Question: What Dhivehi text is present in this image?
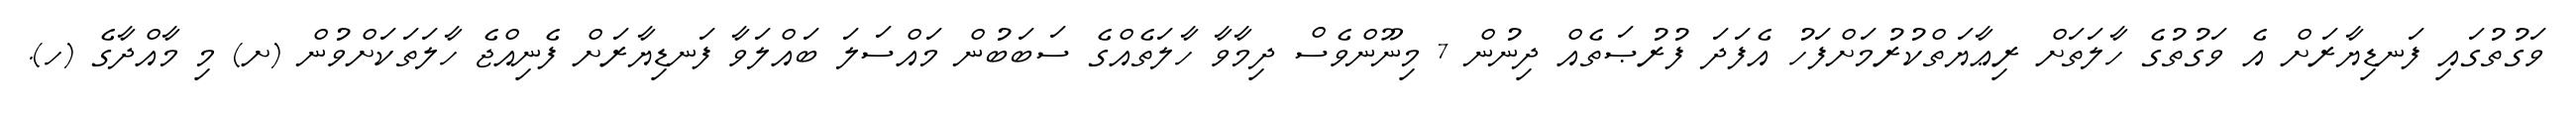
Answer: ވަގުތުގައި ފަނޑިޔާރަށް އެ ވަގުތުގެ ހާލަތަށް ރިޢާޔަތްކުރުމަށްފަހު އެފަދަ ފުރުޞަތެއް ދިނުން 7 މިނޫންވެސް ދިމާވާ ހާލަތެއްގެ ސަބަބުން މައްސަލަ ބައްލަވާ ފަނޑިޔާރަށް ފެނިއްޖެ ހާލަތަކަށްވުން (ށ) މި މާއްދާގެ (ހ).